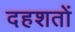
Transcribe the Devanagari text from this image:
दहशतों